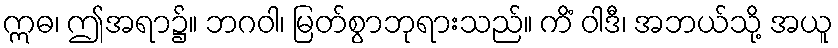
ဣဓ၊ ဤအရာ၌။ ဘဂဝါ၊ မြတ်စွာဘုရားသည်။ ကိံ ဝါဒီ၊ အဘယ်သို့ အယူ